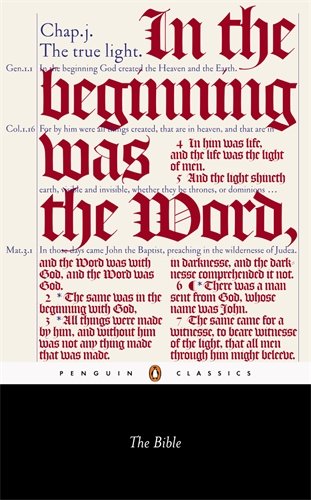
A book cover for The Bible (Penguin Classics); Anonymous; Christian Books & Bibles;